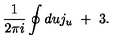
\frac { 1 } { 2 \pi i } \oint d u j _ { u } \ + \ 3 .